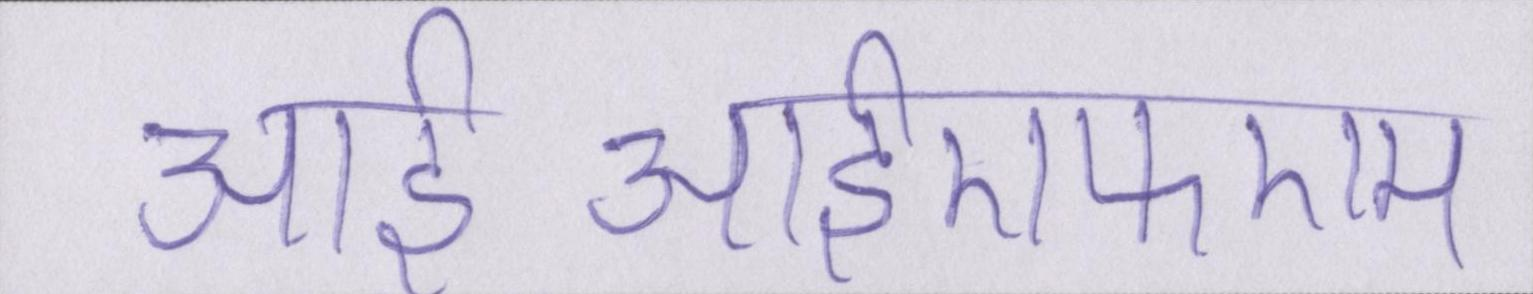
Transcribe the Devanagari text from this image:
आईआईएफएम